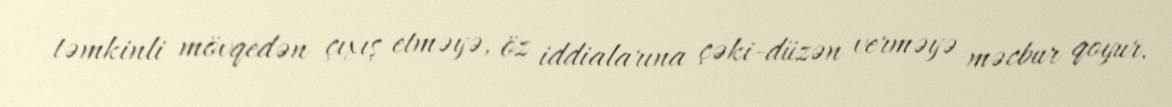
təmkinli mövqedən çıxış etməyə, öz iddialarına çəki-düzən verməyə məcbur qoyur.